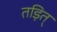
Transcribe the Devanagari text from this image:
तड़ित्‌